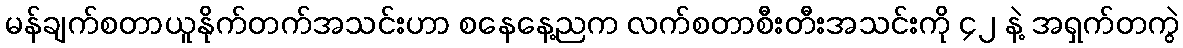
မန်ချက်စတာယူနိုက်တက်အသင်းဟာ စနေနေ့ညက လက်စတာစီးတီးအသင်းကို ၄၂ နဲ့ အရှက်တကွဲ